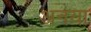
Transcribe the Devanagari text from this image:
अनया